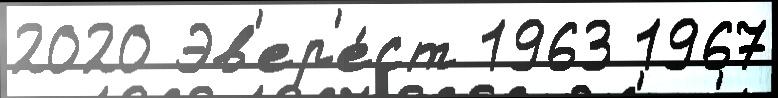
2020 Эв'ер'е́ст 1963 1967